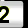
Digit: 2